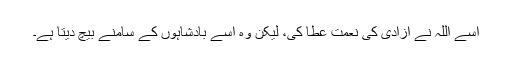
اسے اللہ نے آزادی کی نعمت عطا کی، لیکن وہ اسے بادشاہوں کے سامنے بیچ دیتا ہے۔